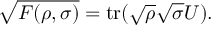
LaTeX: { \sqrt { F ( \rho , \sigma ) } } = \operatorname { t r } ( { \sqrt { \rho } } { \sqrt { \sigma } } U ) .